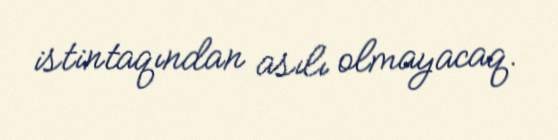
istintaqından asılı olmayacaq.